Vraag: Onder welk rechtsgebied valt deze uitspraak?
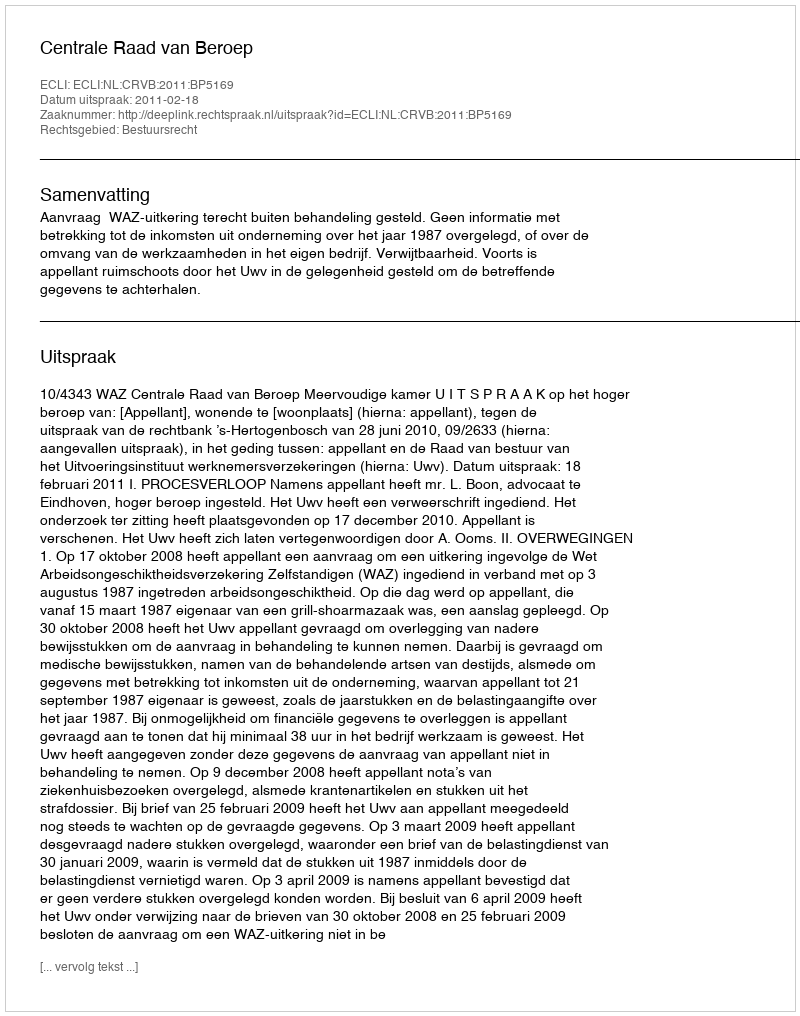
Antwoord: Bestuursrecht